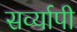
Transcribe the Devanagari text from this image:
सर्व्यापी